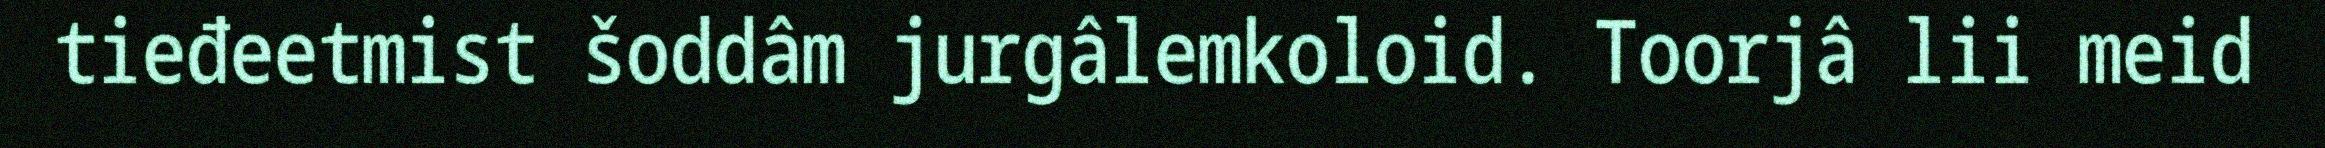
tieđeetmist šoddâm jurgâlemkoloid. Toorjâ lii meid